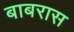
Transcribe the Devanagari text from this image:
बाबरास